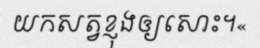
យកសត្វខ្ញុងឲ្យសោះ។«